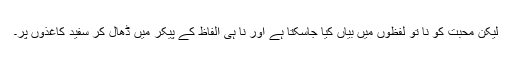
لیکن محبت کو نا تو لفظوں میں بیاں کیا جاسکتا ہے اور نا ہی الفاظ کے پیکر میں ڈھال کر سفید کاغذوں پر۔